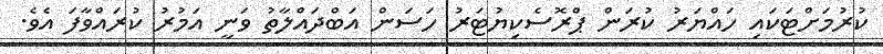
ކުރުމަށްޓަކައި ހައްޔަރު ކުރަން ޕްރޮސެކިޔުޓަރު ހަސަަން އަބްދައްލާތު ވަނީ އަމުރު ކުރައްވާފަ އެވެ.